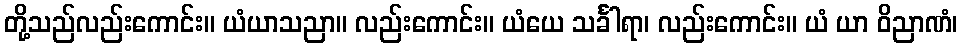
တို့သည်လည်းကောင်း။ ယံယာသညာ။ လည်းကောင်း။ ယံယေ သင်္ခါရာ၊ လည်းကောင်း။ ယံ ယာ ဝိညာဏံ၊